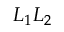
L _ { 1 } L _ { 2 }